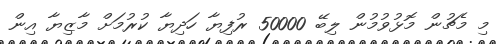
މި މެޗުން މޮޅުވުމުން ލިބޭ 50000 ރުފިޔާ ހަދިޔާ ކުރުމަށް މާޒިޔާ އިން